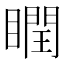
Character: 瞤